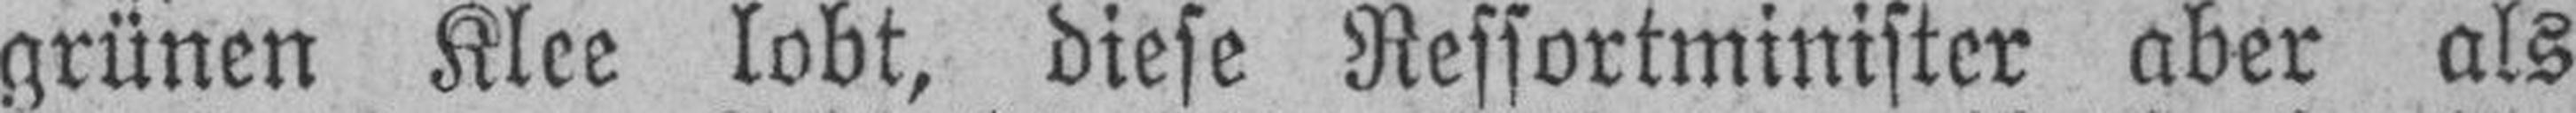
grünen Klee lobt, diese Ressortminister aber als